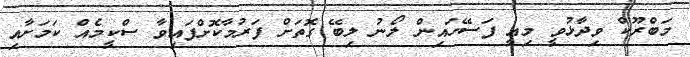
މަބްރޫކް ވިދާޅުވީ މިއީ ފަސޭހައިން ލޯނު ލިބޭ ގޮތަށް ފަރުމާކޮށްފައިވާ ސްކީމެއް ކަމަށާއި